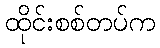
ထိုင်းစစ်တပ်က